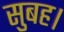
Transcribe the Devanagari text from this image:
सुबह।